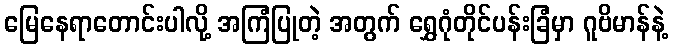
မြေနေရာတောင်းပါလို့ အကြံပြုတဲ့ အတွက် ရွှေဂုံတိုင်ပန်းခြံမှာ ဂူဗိမာန်နဲ့